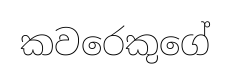
කවරෙකුගේ